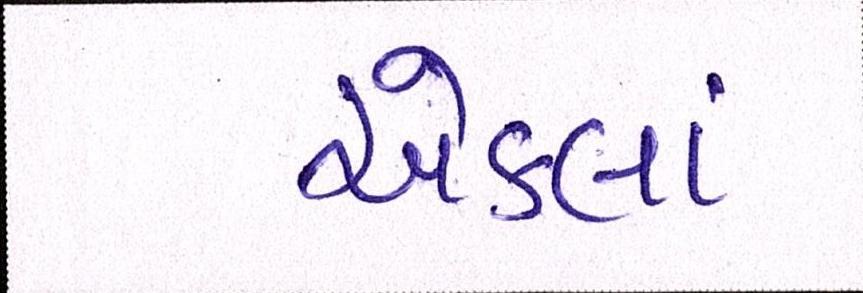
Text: એકલાં